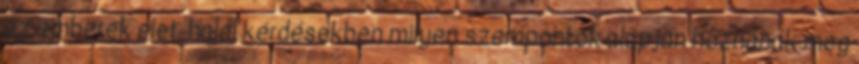
az emberek élet-halál kérdésekben milyen szempontok alapján hoznának meg